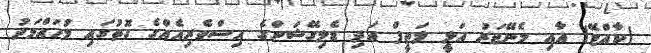
(ކާއްޓޭ) އާއި މެނޭޖަރު އަލީ ލަތީފް އަދި ޑެލިގޭޝަންގެ އިސްވެރިއެއްގެ ގޮތުގައި މުހައްމަދު